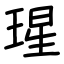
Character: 瑆